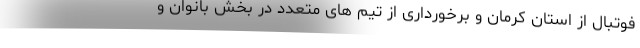
فوتبال از استان کرمان و برخورداری از تیم های متعدد در بخش بانوان و